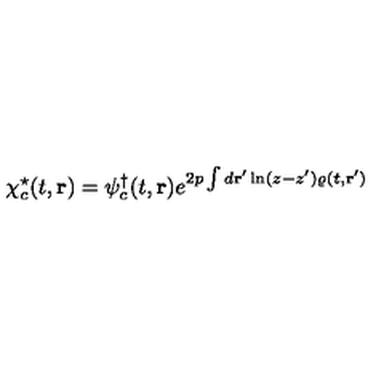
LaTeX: \chi _ { c } ^ { \star } ( t , { \bf r } ) = \psi _ { c } ^ { \dagger } ( t , { \bf r } ) e ^ { 2 p \int d { \bf r } ^ { \prime } \ln ( z - z ^ { \prime } ) \varrho ( t , { \bf r } ^ { \prime } ) }